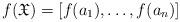
LaTeX: \begin{align*} f(\mathfrak{X}) = [f(a_{1}), \dots, f(a_{n})]\end{align*}